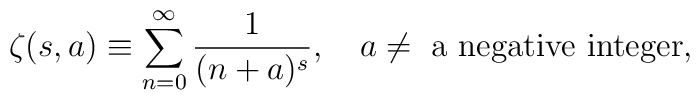
\zeta(s,a)\equiv \sum_{n=0}^\infty \frac{1}{(n+a)^s}, \quad a\ne \mbox{ a negative integer},